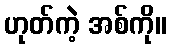
ဟုတ်ကဲ့ အစ်ကို။